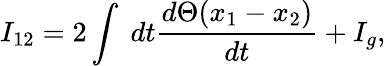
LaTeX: I_{12}=2\int\; dt\frac{d\Theta(x_{1}-x_{2})}{dt}+I_{g},